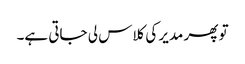
تو پھر مدیر کی کلاس لی جاتی ہے۔